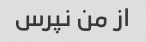
از من نپرس